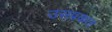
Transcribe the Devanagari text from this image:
उसप्रकार